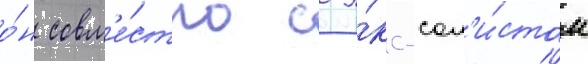
о́н совм'е́стно с э́кс-сол'и́стом